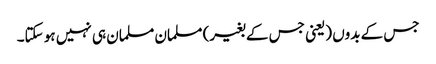
جس کے بدوں (یعنی جس کے بغیر) مسلمان مسلمان ہی نہیں ہو سکتا۔